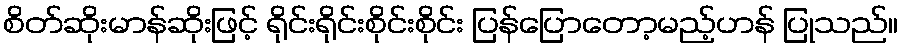
စိတ်ဆိုးမာန်ဆိုးဖြင့် ရိုင်းရိုင်းစိုင်းစိုင်း ပြန်ပြောတော့မည့်ဟန် ပြုသည်။